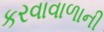
કરવાવાળાની